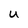
Character: U